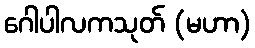
ဂေါပါလကသုတ် (မဟာ)